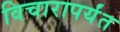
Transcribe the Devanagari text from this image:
विचारापर्यंत